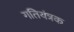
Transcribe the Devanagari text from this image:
गतियंत्रक